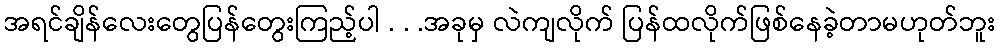
အရင်ချိန်လေးတွေပြန်တွေးကြည့်ပါ . . .အခုမှ လဲကျလိုက် ပြန်ထလိုက်ဖြစ်နေခဲ့တာမဟုတ်ဘူး